Subject: cs
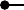
LaTeX code:
\begin{tikzpicture}[scale = 1, baseline = 1pt]
	\coordinate (1) at (0pt, 4pt);
	\coordinate (2) at (7pt, 4pt);
	\draw (1) to (2);
	\filldraw[fill=black] (1) circle[radius = 1.5pt];
\end{tikzpicture}